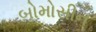
બોમોસીન